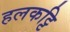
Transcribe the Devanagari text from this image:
हलकट्टि